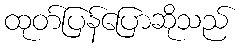
ထုတ်ပြန်ပြောဆိုသည်